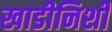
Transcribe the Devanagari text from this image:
खाडीनिशी